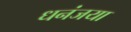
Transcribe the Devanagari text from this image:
धनंजया